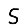
Digit: 5